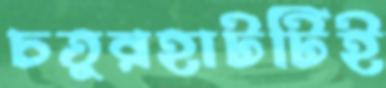
চতুরহাটটিই